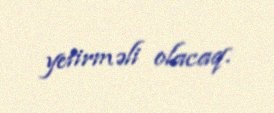
yetirməli olacaq.